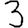
Digit: 3